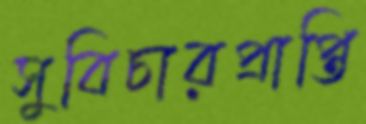
সুবিচারপ্রাপ্তি